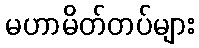
မဟာမိတ်တပ်များ